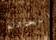
العادل